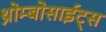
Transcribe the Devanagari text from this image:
थ्रोम्बोसाईट्स